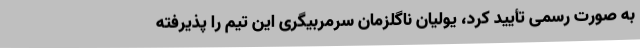
به صورت رسمی تأیید کرد، یولیان ناگلزمان سرمربیگری این تیم را پذیرفته